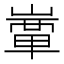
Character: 𡼒